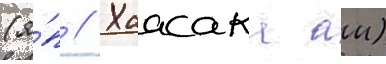
(я́п // Хаасака аи)